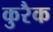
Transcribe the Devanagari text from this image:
कुरैक